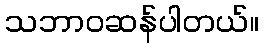
သဘာဝဆန်ပါတယ်။